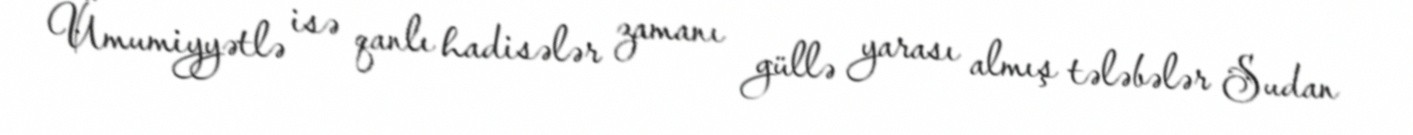
Ümumiyyətlə isə qanlı hadisələr zamanı güllə yarası almış tələbələr Sudan